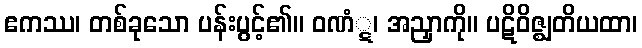
ဧကဿ၊ တစ်ခုသော ပန်းပွင့်၏။ ဝဏံ္ဋ၊ အညှာကို။ ပဋိဝိဇ္ဈတိယထာ၊